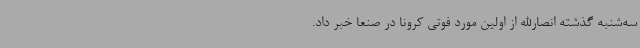
سه‌شنبه گذشته انصارالله از اولین مورد فوتی کرونا در صنعا خبر داد.